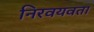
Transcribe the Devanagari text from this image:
निरवयवता